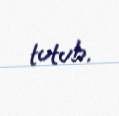
tutub.